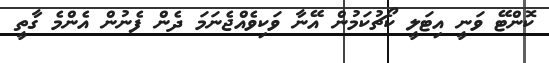
ކޮންޓޭ ވަނީ އިޓަލީ ކޯޗުކަމުން އޭނާ ވަކިވެއްޖެނަމަ ދެން ފެނުން އެންމެ ގާތީ